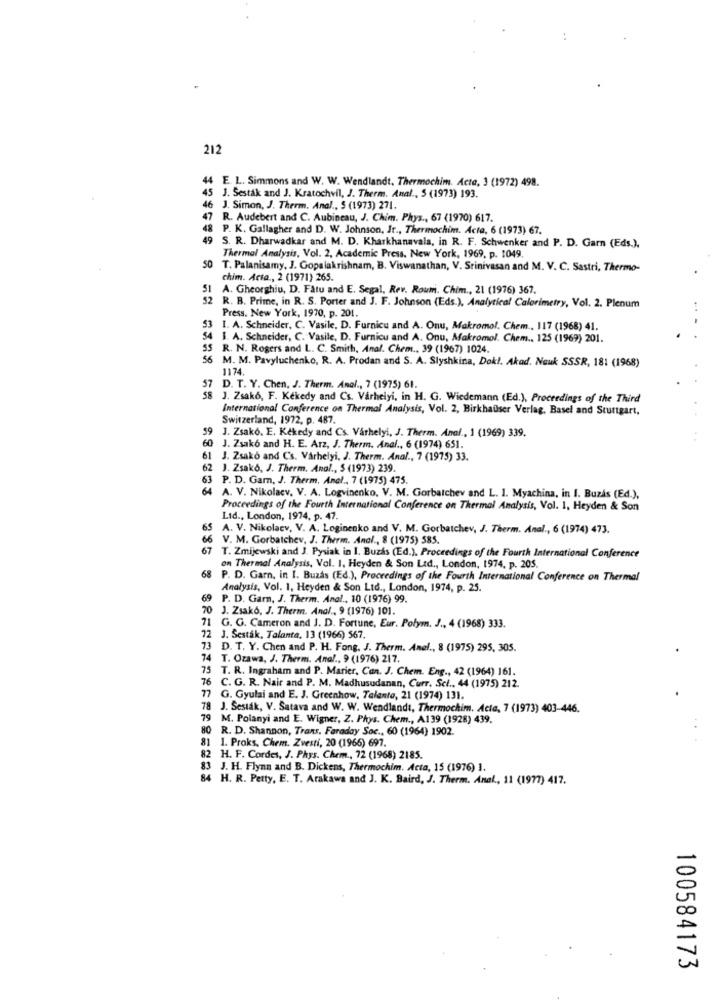
212
44 E. L. Simmons and W. W. Wendlandt, Thermochim. Acta, 3 (1972) 498.
45 J. Sestak and J. Kratochvil, J. Therm. Anal ., 5 (1973) 193.
46 J. Simon, J. Therm. Anal ., 5 (1973) 271.
47 R. Audebert and C. Aubineau, J. Chim. Phys ., 67 (1970) 617.
48 P. K. Gallagher and D. W. Johnson, It ., Thermochim. Acta, 6 (1973) 67.
49 S. R. Dharwadkar and M. D. Kharkhanavala, in R. F. Schwenker and P. D. Garn (Eds.).
Thermal Analysis, Vol. 2, Academic Press. New York, 1969, p. 1049.
T. Palanisamy, J. Gopalakrishnam, B. Viswanathan, V. Srinivasan and M. V. C. Sastri, Thermo-
chim. Acta ., 2 (1971) 265.
51 A. Gheorghiu, D. Fatu and E. Segal, Rev. Roum. Chim ., 21 (1976) 367.
2R. B. Prime, in R. S. Porter and J. F. Johnson (Eds.), Analytical Calorimetry, Vol. 2. Plenum
Press. New York, 1970, p. 201.
53 I. A. Schneider, C. Vasile, D. Furnicu and A. Onu, Makromol. Chem ., 117 (1968) 41.
54 1. A. Schneider, C. Vasile, D. Furnicu and A. Onu, Makromol. Chem .. 125 (1969) 201.
55 R. N. Rogers and L. C. Smith, Anal. Chem ., 39 (1967) 1024.
5 M. M. Pavyluchenko, R. A. Prodan and S. A. Slyshkina, Dokl. Akad. Nauk SSSR, 181 (1968)
1174.
57 D. T. Y. Chen, J. Therm. Anal ., 7 (1975) 61.
58 J. Zsako, F. Kekedy and Cs. Varhelyi, in H. G. Wiedemann (Ed.), Proceedings of the Third
International Conference on Thermal Analysis, Vol. 2, Birkhauser Verlag, Basel and Stuttgart,
Switzerland, 1972, p. 487.
59 J. Zsakó. E. Kékedy and Cs. Várhelyi, J. Therm. Anal ., 1 (1969) 339.
60 J. Zsakó and H. E. Arz, J. Therm. Anal ., 6 (1974) 651.
61 J. Zsakó and Cs. Várhelyi, J. Therm. Anal ., 7 (1975) 33.
62 J. Zsakó, J. Therm. Anal ., $ (1973) 239.
63 P. D. Gam, J. Therm, Anel ., 7 (1975) 475.
A. V. Nikolaev. V. A. Logvinenko, V. M. Gorbatchev and L. 1. Myachina, in I. Buzis (Ed.),
Proceedings of the Fourth International Conference on Thermal Analysis, Vol. 1, Heyden & Son
Lid ., London, 1974, p. 47.
65
A. V. Nikolaev, V. A. Loginenko and V. M. Gorbatchev, J. Therm. Anal ., 6 (1974) 473.
66 V. M. Gorbatchev, J. Therm. Anal ., 8 (1975) 585.
T. Zmijewski and J. Pysiak in I. Buzas (Ed.). Proceedings of the Fourth International Conference
on Thermal Analysis, Vol. 1. Heyden & Son Ltd ., London, 1974, p. 205.
68 P. D. Garn, in I. Buzás (Ed.), Proceedings of the Fourth International Conference on Thermal
Analysis, Vol. 1, Heyden & Son Ltd ., London, 1974, p. 25.
P. D. Garn, J. Therm. Anal ., 10 (1976) 99.
70 J. Zsako. J. Therm. Anal ., 9 (1976) 101.
71 G. G. Cameron and J. D. Fortune, Eur. Polym. J ., 4 (1968) 333.
72 J. Sestak, Talanta. 13 (1966) 567.
73 D. T. Y. Chen and P. H. Fong. J. Therm. Anel ., 8 (1975) 295, 305.
74 T. Ozawa, J. Therm. Anal ., 9 (1976) 217.
75 T. R. Ingraham and P. Marier, Can. J. Chem. Eng ., 42 (1964) 161.
76 C. G. R. Nair and P. M. Madhusudanan, Curr. Sci ., 44 (1975) 212.
77 G. Gyulai and E. J. Greenhow, Talento, 21 (1974) 131.
78 J. Sestak, V. Satava and W. W. Wendlandt, Thermochim. Acta, 7 (1973) 403-446.
79 M. Polanyi and E. Wigner, Z. Phys. Chem ., A139 (1928) 439.
80 R. D. Shannon, Trans, Faraday Soc ., 60 (1964) 1902.
..
81 1. Proks. Chem. Zvesti, 20 (1965) 697.
82 H. F. Cordes, J. Phys. Chem ., 72 (1968) 2185.
83 J. H. Flynn and B. Dickens, Thermochim. Acta, 15 (1976) 1.
84 H. R. Petty, E. T. Arakawa and J. K. Baird, J. Therm. Anal ., 11 (1977) 417.
100584173